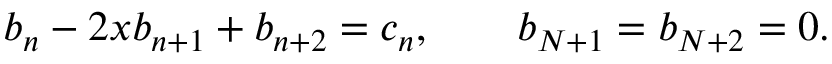
b _ { n } - 2 x b _ { n + 1 } + b _ { n + 2 } = c _ { n } , \qquad b _ { N + 1 } = b _ { N + 2 } = 0 .